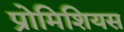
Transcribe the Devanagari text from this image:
प्रोमिशियस